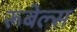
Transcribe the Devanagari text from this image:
रूबेल्स